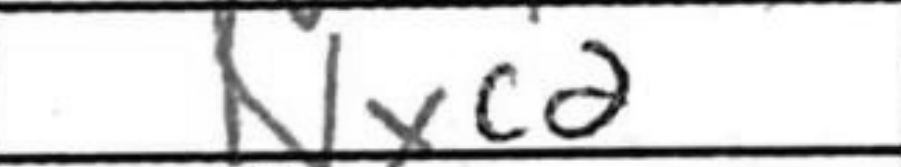
Transcription: Nxcd